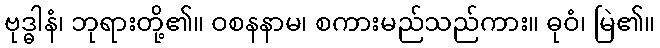
ဗုဒ္ဓါနံ၊ ဘုရားတို့၏။ ဝစနနာမ၊ စကားမည်သည်ကား။ ဓုဝံ၊ မြဲ၏။